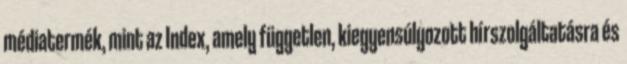
médiatermék, mint az Index, amely független, kiegyensúlyozott hírszolgáltatásra és